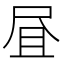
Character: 𱚹